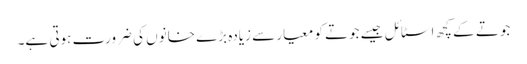
جوتے کے کچھ اسٹائل جیسے جوتے کو معیار سے زیادہ بڑے خانوں کی ضرورت ہوتی ہے۔